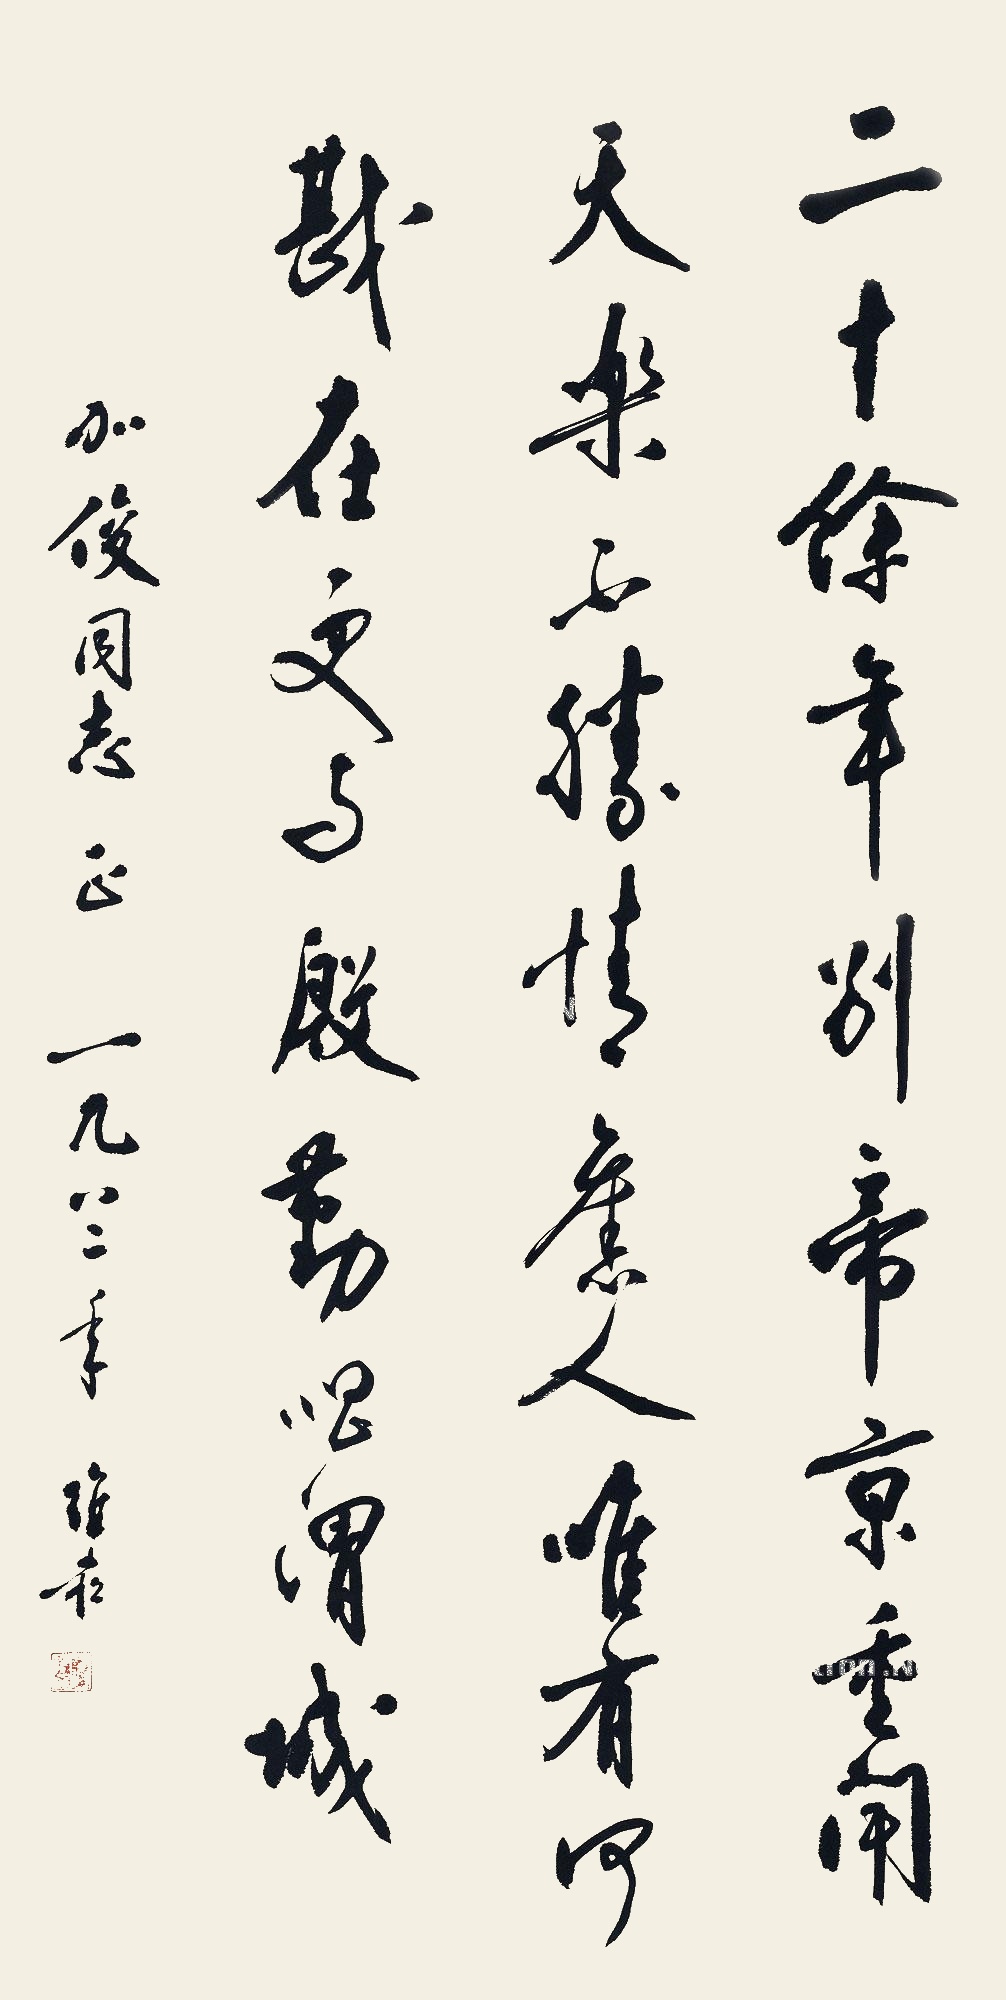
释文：二十余年别帝京，重闻天乐不胜情。旧人唯有何戡在，更与殷勤唱渭城。加俊同志正。一九八二年，维崧。